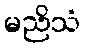
မညိသံ